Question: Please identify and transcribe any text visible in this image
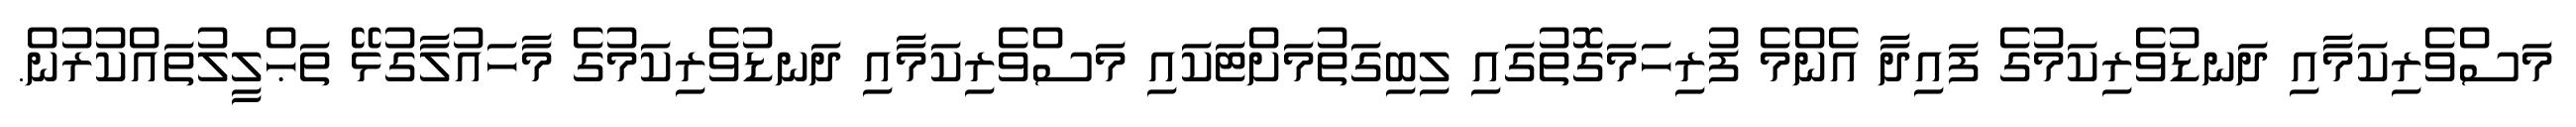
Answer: މަސްވެރިކަމާއި ދަނޑުވެރިކަމުގެ ފައިދާ އެންމެ ފުރިހަމަގޮތުގައި ލިބިގަތުމަށްޓަކައި މަސްވެރިކަމާއި ދަނޑުވެރިކަމުގެ މާހައުލާގުޅޭ ތަޙްލީލުތައްކުރުން.